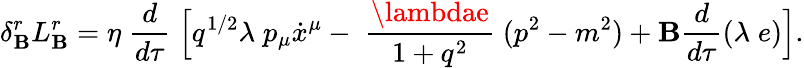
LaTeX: \delta_{\mathbf{B}}^{r}L_{\mathbf{B}}^{r}=\eta\; \frac{{d}}{{d\tau}}\; \Bigl[q^{1/2}\lambda\; p_{\mu}\dot{{x}}^{\mu}-\; \frac{{\lambdae}}{{1+q^{2}}}\; (p^{2}-m^{2})+{\cal\mathbf{B}}\frac{{d}}{{d\tau}}(\lambda\; e)\Bigr].